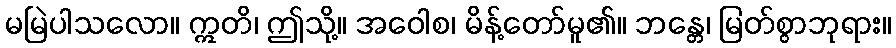
မမြဲပါသလော။ ဣတိ၊ ဤသို့။ အဝေါစ၊ မိန့်တော်မူ၏။ ဘန္တေ၊ မြတ်စွာဘုရား။